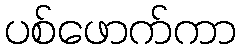
ပစ်ဖောက်ကာ